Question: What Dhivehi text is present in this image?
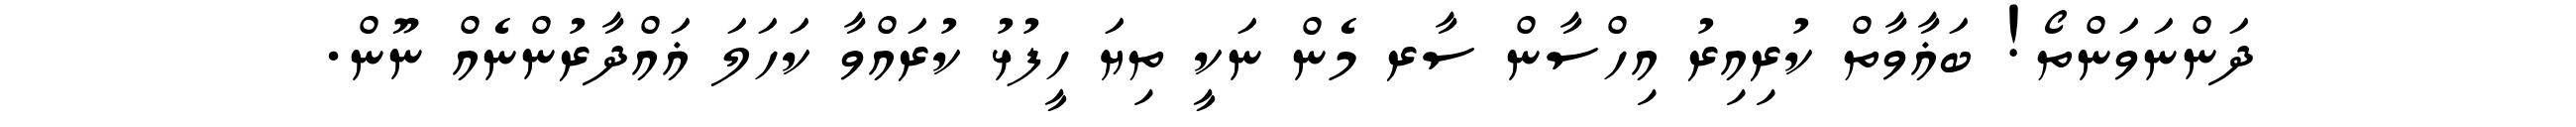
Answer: ދަންނަވަންތޯ! ބަޣާވާތް ކުރިއިރު އިހްސާން ސާރ މެން ނަކީ ތިޔަ ހީފުޅު ކުރައްވާ ކަހަލަ ޣައްދާރުންނެއް ނޫން.